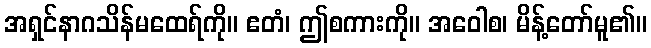
အရှင်နာဂသိန်မထေရ်ကို။ ဧတံ၊ ဤစကားကို။ အဝေါစ၊ မိန့်တော်မူ၏။